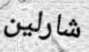
شارلين